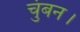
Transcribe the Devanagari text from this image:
चुंबन।